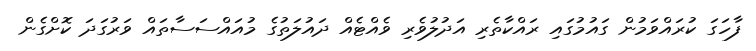
ފާހަގަ ކުރައްވަމުން ގައުމުގައި ރައްކާތެރި އަދުލުވެރި ވެއްޓެއް ދައުލަތުގެ މުއައްސަސާތައް ވަރުގަދަ ކޮށްގެން